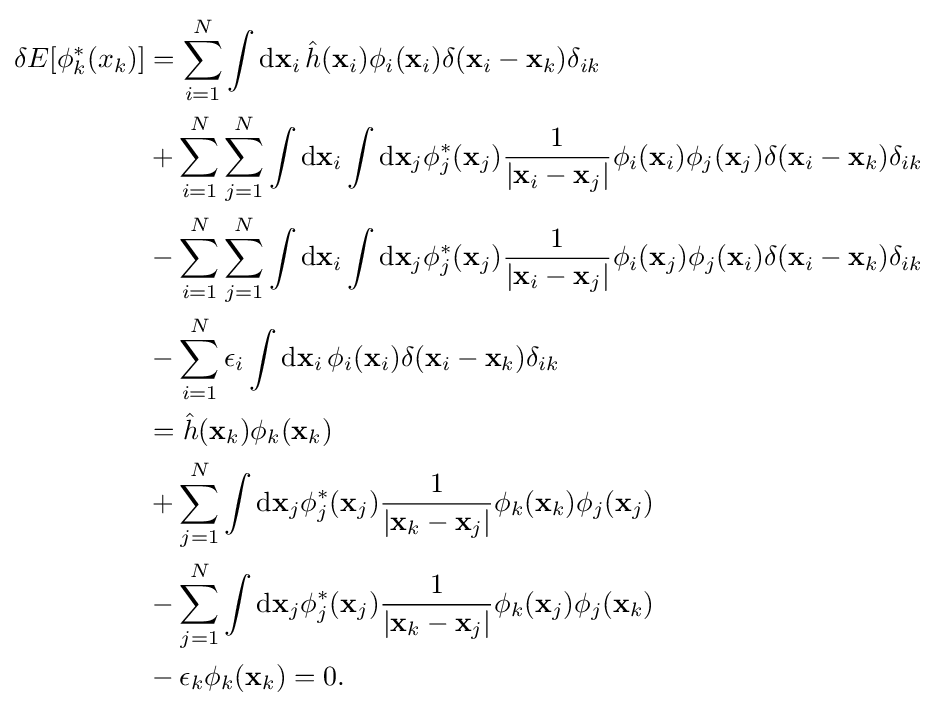
{\begin{aligned}\delta E[\phi _{k}^{*}(x_{k})]&=\sum _{i=1}^{N}\int {\text{d}}\mathbf {x} _{i}\,{\hat {h}}(\mathbf {x} _{i})\phi _{i}(\mathbf {x} _{i})\delta (\mathbf {x} _{i}-\mathbf {x} _{k})\delta _{ik}\\&+\sum _{i=1}^{N}\sum _{j=1}^{N}\int \mathrm {d} \mathbf {x} _{i}\int {\text{d}}\mathbf {x} _{j}\phi _{j}^{*}(\mathbf {x} _{j}){\frac {1}{|\mathbf {x} _{i}-\mathbf {x} _{j}|}}\phi _{i}(\mathbf {x} _{i})\phi _{j}(\mathbf {x} _{j})\delta (\mathbf {x} _{i}-\mathbf {x} _{k})\delta _{ik}\\&-\sum _{i=1}^{N}\sum _{j=1}^{N}\int {\text{d}}\mathbf {x} _{i}\int {\text{d}}\mathbf {x} _{j}\phi _{j}^{*}(\mathbf {x} _{j}){\frac {1}{|\mathbf {x} _{i}-\mathbf {x} _{j}|}}\phi _{i}(\mathbf {x} _{j})\phi _{j}(\mathbf {x} _{i})\delta (\mathbf {x} _{i}-\mathbf {x} _{k})\delta _{ik}\\&-\sum _{i=1}^{N}\epsilon _{i}\int {\text{d}}\mathbf {x} _{i}\,\phi _{i}(\mathbf {x} _{i})\delta (\mathbf {x} _{i}-\mathbf {x} _{k})\delta _{ik}\\&={\hat {h}}(\mathbf {x} _{k})\phi _{k}(\mathbf {x} _{k})\\&+\sum _{j=1}^{N}\int {\text{d}}\mathbf {x} _{j}\phi _{j}^{*}(\mathbf {x} _{j}){\frac {1}{|\mathbf {x} _{k}-\mathbf {x} _{j}|}}\phi _{k}(\mathbf {x} _{k})\phi _{j}(\mathbf {x} _{j})\\&-\sum _{j=1}^{N}\int {\text{d}}\mathbf {x} _{j}\phi _{j}^{*}(\mathbf {x} _{j}){\frac {1}{|\mathbf {x} _{k}-\mathbf {x} _{j}|}}\phi _{k}(\mathbf {x} _{j})\phi _{j}(\mathbf {x} _{k})\\&-\epsilon _{k}\phi _{k}(\mathbf {x} _{k})=0.\\\end{aligned}}